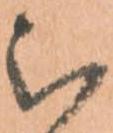
被